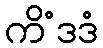
ကိံဒဒံ